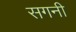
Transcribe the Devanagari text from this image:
सगनी